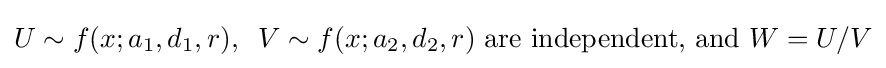
U\sim f(x;a_{1},d_{1},r),\;\;V\sim f(x;a_{2},d_{2},r){\text{ are independent, and  }}W=U/V